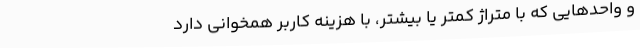
و واحدهایی که با متراژ کمتر یا بیشتر، با هزینه کاربر همخوانی دارد